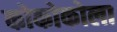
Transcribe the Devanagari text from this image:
कोकोकोला